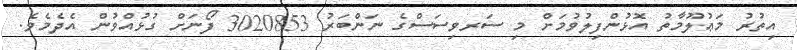
އިތުރު މަޢުލޫމާތު އޮޅުންފިލުވުމަށް މި ސަރވިސަސްގެ ނަންބަރު 3020853 ފޯނަށް ގުޅުއްވުން އެދެމެވެ.